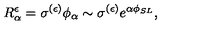
R _ { \alpha } ^ { \epsilon } = \sigma ^ { ( \epsilon ) } \phi _ { \alpha } \sim \sigma ^ { ( \epsilon ) } e ^ { \alpha \phi _ { S L } } ,